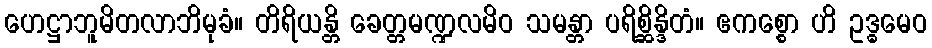
ဟေဋ္ဌာဘူမိတလာဘိမုခံ။ တိရိယန္တိ ခေတ္တမဏ္ဍလမိဝ သမန္တာ ပရိစ္ဆိန္ဒိတံ။ ဧကစ္စော ဟိ ဥဒ္ဓမေဝ